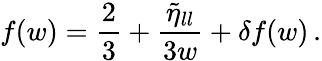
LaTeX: f(w)=\frac{2}{3}+\frac{\tilde{\eta}_{ll}}{3w}+\delta f(w)\, .